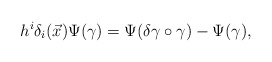
\begin{align*}h^i\delta_i(\vec x)\Psi(\gamma)=\Psi(\delta\gamma\circ\gamma)-\Psi(\gamma),\end{align*}